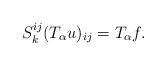
LaTeX: \begin{align*}S_k^{ij} (T_\alpha u)_{ij} = T_\alpha f.\end{align*}